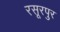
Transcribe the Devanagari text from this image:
रसूरपुर